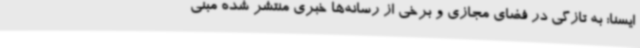
ایسنا؛ به تازگی در فضای مجازی و برخی از رسانه‌ها خبری منتشر شده مبنی